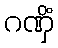
ဂဏှိံ